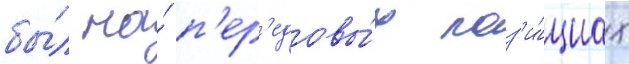
бы́л на́ п'ер'едовы́х поз'и́циах